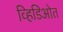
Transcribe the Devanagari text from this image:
व्हिडिओत